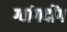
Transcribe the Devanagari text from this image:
ग्वांगदोंग